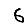
Digit: 6